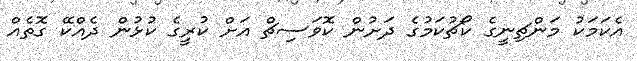
އެކަމަކު މަންޗިނީގެ ކޯޗުކަމުގެ ދަށުން ކޮވަސިޗް އަށް ކުރީގެ ކުޅުން ދެއްކޭ ގޮތެއް